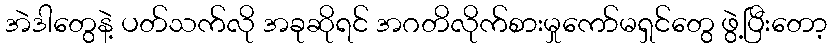
အဲဒါတွေနဲ့ ပတ်သက်လို အခုဆိုရင် အဂတိလိုက်စားမှုကော်မရှင်တွေ ဖွဲ့ပြီးတော့